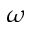
\omega